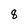
Character: 8